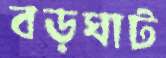
বড়ঘাট